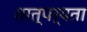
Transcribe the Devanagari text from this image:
तात्पर्यता